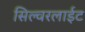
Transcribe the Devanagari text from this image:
सिल्वरलाईट